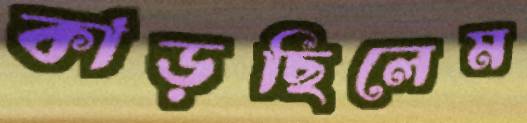
কাড়ছিলেম